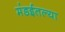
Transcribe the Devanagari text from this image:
मंडईतल्या